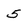
Character: 5